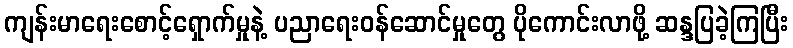
ကျန်းမာရေးစောင့်ရှောက်မှုနဲ့ ပညာရေးဝန်ဆောင်မှုတွေ ပိုကောင်းလာဖို့ ဆန္ဒပြခဲ့ကြပြီး